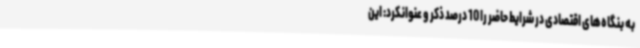
به بنگاه‌های اقتصادی در شرایط حاضر را 10 درصد ذکر و عنوانکرد: این